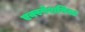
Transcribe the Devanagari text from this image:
एक्स्पेशनिस्ट